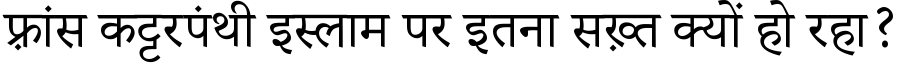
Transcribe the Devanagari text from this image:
फ़्रांस कट्टरपंथी इस्लाम पर इतना सख़्त क्यों हो रहा?